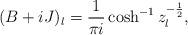
LaTeX: \begin{align*}(B+iJ)_l = \frac1{\pi i}\cosh^{-1}z_l^{-\frac12},\end{align*}